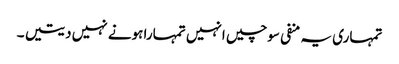
تمہاری یہ منفی سوچیں انہیں تمہارا ہونے نہیں دیتیں ۔